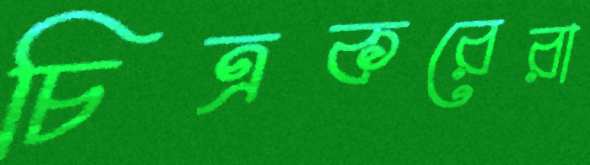
চিত্রকরেরা